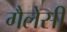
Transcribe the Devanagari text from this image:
गैलेसी